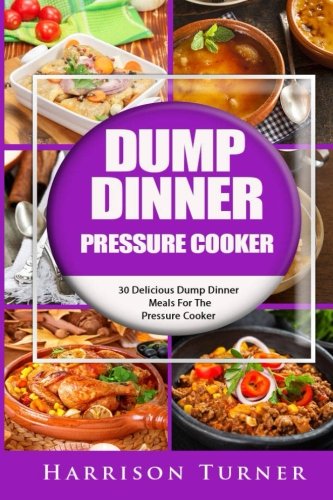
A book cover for Dump Dinner Pressure Cooker: 30 Delicious Dump Dinner Meals For The Pressure Cooker; Harrison Turner; Cookbooks, Food & Wine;